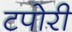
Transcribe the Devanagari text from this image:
टपोरी